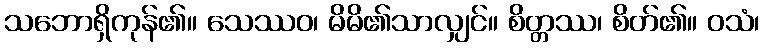
သဘောရှိကုန်၏။ သေဿဝ၊ မိမိ၏သာလျှင်။ စိတ္တဿ၊ စိတ်၏။ ဝသံ၊